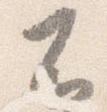
不